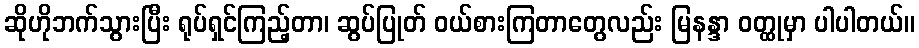
ဆိုဟိုဘက်သွားပြီး ရုပ်ရှင်ကြည့်တာ၊ ဆွပ်ပြုတ် ဝယ်စားကြတာတွေလည်း မြနန္ဒာ ဝတ္ထုမှာ ပါပါတယ်။